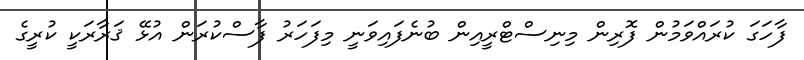
ފާހަގަ ކުރައްވަމުން ފޮރިން މިނިސްޓްރީއިން ބުނެފައިވަނީ މިފަހަރު ފާސްކުރަން އުޅޭ ޤަރާރަކީ ކުރީގެ